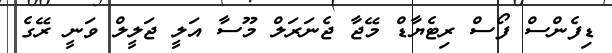
ޑިފެންސް ފޯސް ރިޓެޔާޑް މޭޖާ ޖެނަރަލް މޫސާ އަލީ ޖަލީލް ވަނީ ރޭގެ